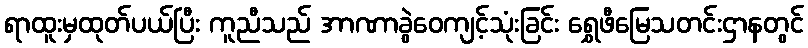
ရာထူးမှထုတ်ပယ်ပြီး ကူညီသည် အာဏာခွဲဝေကျင့်သုံးခြင်း ရွှေဖီမြေသတင်းဌာနတွင်